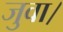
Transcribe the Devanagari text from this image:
जुवा।